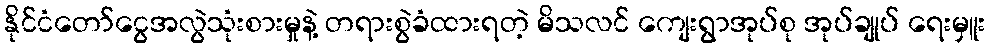
နိုင်ငံတော်ငွေအလွဲသုံးစားမှုနဲ့ တရားစွဲခံထားရတဲ့ မိသလင် ကျေးရွာအုပ်စု အုပ်ချုပ် ရေးမှူး